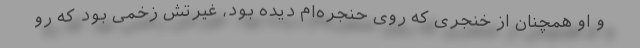
و او همچنان از خنجری که روی حنجره‌ام دیده بود، غیرتش زخمی بود که رو